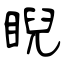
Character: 睨